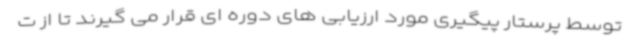
توسط پرستار پیگیری مورد ارزیابی های دوره ای قرار می گیرند تا از ت